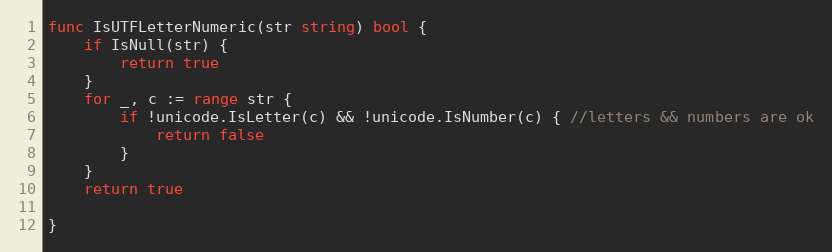
Language: Go
func IsUTFLetterNumeric(str string) bool {
	if IsNull(str) {
		return true
	}
	for _, c := range str {
		if !unicode.IsLetter(c) && !unicode.IsNumber(c) { //letters && numbers are ok
			return false
		}
	}
	return true

}